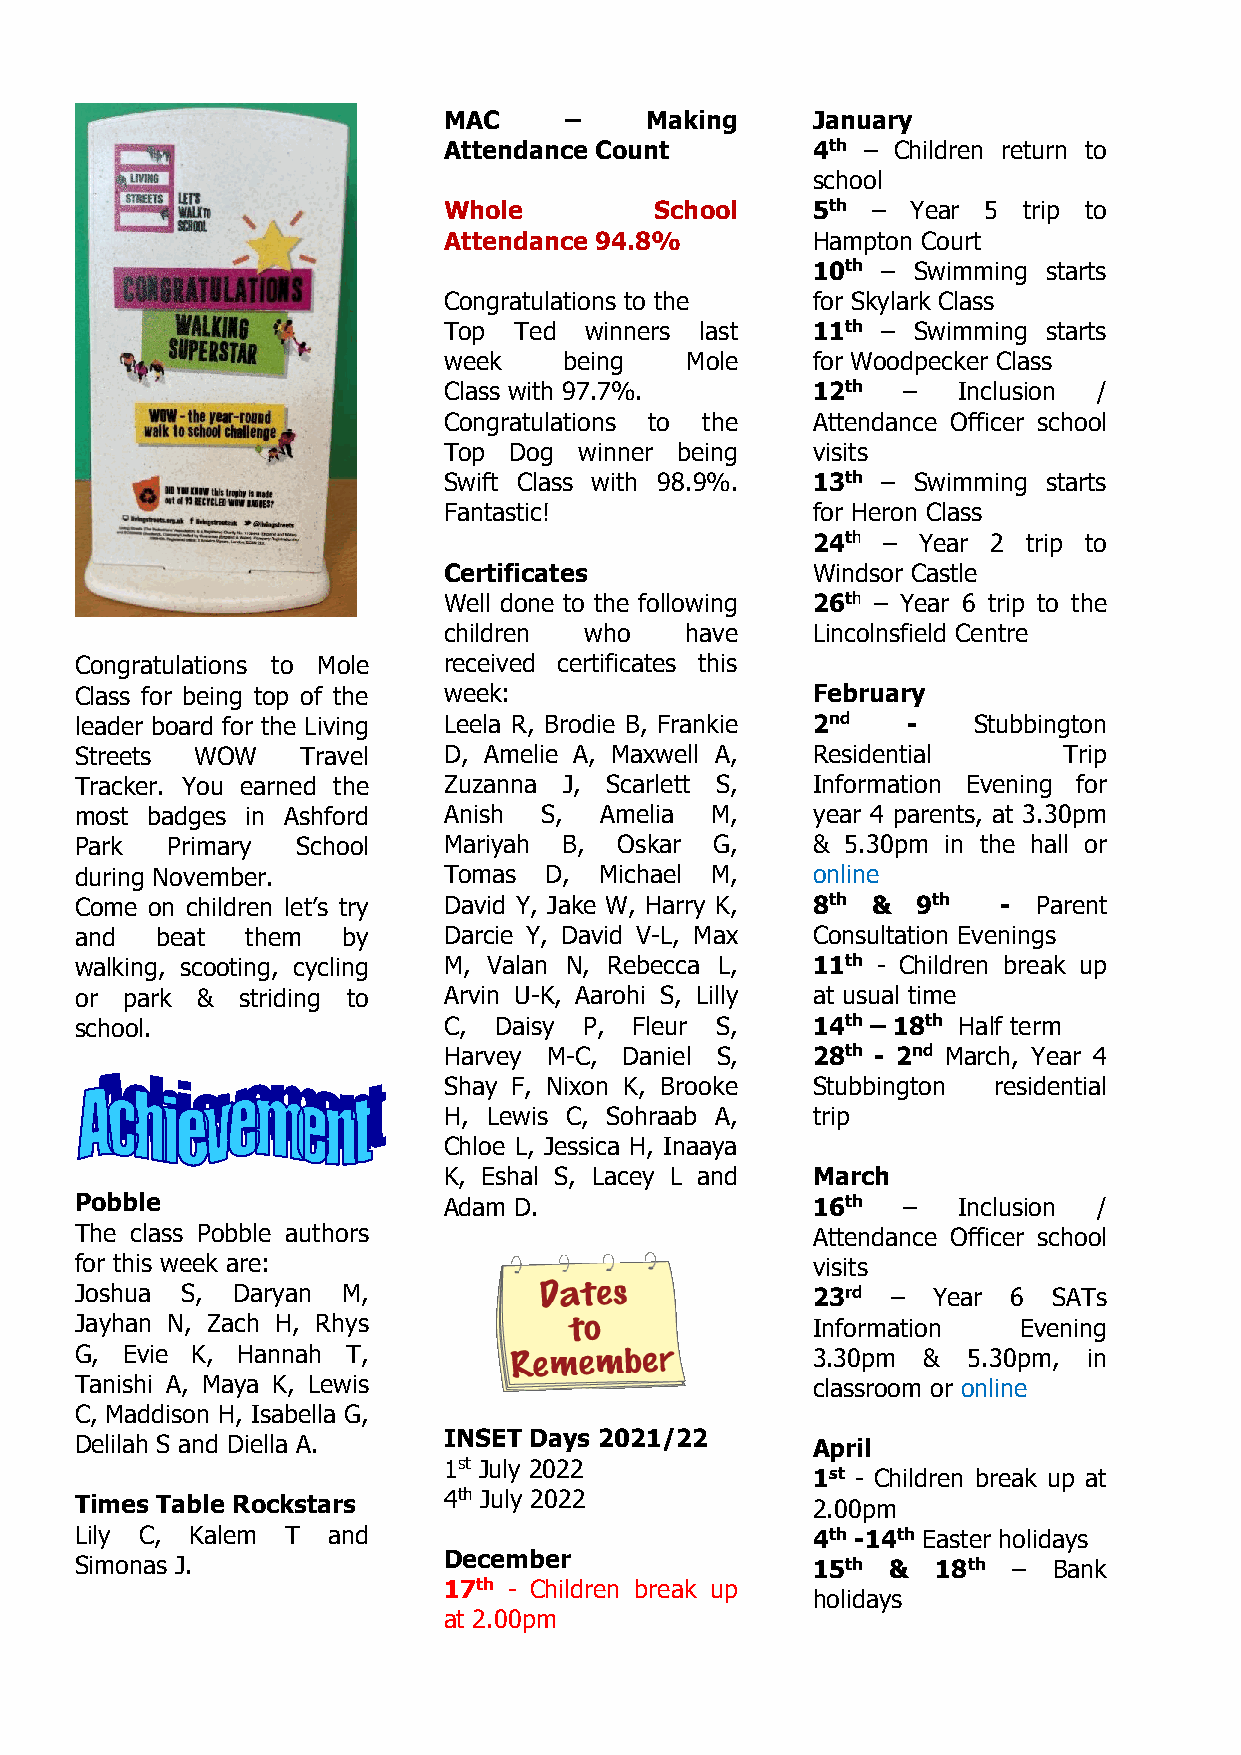
MAC     –     Making     January
 Attendance Count         4th – Children return to
 school
 Whole         School     5th – Year 5  trip to
 Attendance 94.8%         Hampton Court
 10th – Swimming starts
 Congratulations to the   for Skylark Class
 Top  Ted  winners last   11th – Swimming starts
 week    being   Mole     f o r W oodpecker Class
 Class with 97.7%.        12th  –  Inclusion /
 Congratulations to the   Attendance Officer school
 Top  Dog winner being    visits
 Swift Class with 98.9%.  13th – Swimming starts
 Fantastic!               for Heron Class
 24th – Year 2 trip to
 Certificates             Windsor Castle
 Well done to the following 26th – Year 6 trip to the
 children  who   have     Lincolnsfield Centre
 Congratulations to Mole received certificates this
 Class for being top of the week:                 February
 leader board for the Living Leela R, Brodie B, Frankie 2nd - Stubbington
 Streets WOW    Travel   D, Amelie A, Maxwell A,  Residential     Trip
 Tracker. You earned the Zuzanna J, Scarlett S,   Information Evening for
 most badges in Ashford  Anish  S,  Amelia M,     year 4 parents, at 3.30pm
 Park  Primary  School   Mariyah B,  Oskar G,     & 5.30pm in the hall or
 during November.        Tomas  D,  Michael M,    online
 Come on children let’s try David Y, Jake W, Harry K, 8th & 9th - Parent
 and  beat  them   by    Darcie Y, David V-L, Max Consultation Evenings
 walking, scooting, cycling M, Valan N, Rebecca L, 11th - Children break up
 or park &  striding to  Arvin U-K, Aarohi S, Lilly at usual time
 school.                 C,  Daisy P, Fleur S,    14th – 18th Half term
 Harvey M-C, Daniel S,    28th - 2nd March, Year 4
 Shay F, Nixon K, Brooke  Stubbington residential
 H, Lewis C, Sohraab A,   trip
 Chloe L, Jessica H, Inaaya
 K, Eshal S, Lacey L and  March
 Pobble                  Adam D.                  16th  –  Inclusion /
 The class Pobble authors                         Attendance Officer school
 for this week are:                               visits
 Joshua S, Daryan  M,                             23rd –  Year 6  SATs
 Jayhan N, Zach H, Rhys                           Information  Evening
 G, Evie K, Hannah T,                             3.30pm &  5.30pm, in
 Tanishi A, Maya K, Lewis                         classroom or online
 C, Maddison H, Isabella G,
 Delilah S and Diella A. INSET Days 2021/22       April
 1st July 2022
 1st - Children break up at
 Times Table Rockstars   4th July 2022            2.00pm
 Lily C, Kalem T  and                             4th -14th Easter holidays
 Simonas J.              December                 15th &  18th –  Bank
 17th - Children break up
 holidays
 at 2.00pm